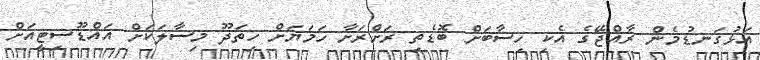
އަޅުގަނޑުމެން ރާއްޖޭގެ އެކި ހިސާބަށް ބޮޑެތި ރަށްރަށާ ހަމަޔަށް ހިތަދޫ މިސާލަކަށް އައްޑޫސިޓީއަށް